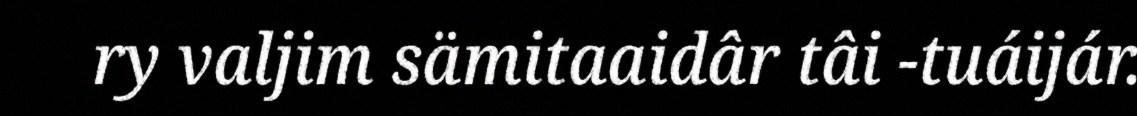
ry valjim sämitaaidâr tâi -tuáijár.